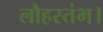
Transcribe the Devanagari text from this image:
लौहस्तंभ।